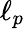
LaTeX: \ell_{p}